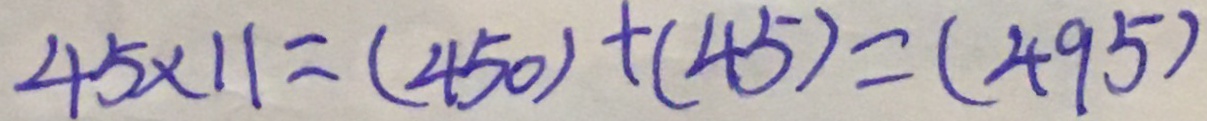
4 5 \times 1 1 = ( 4 5 0 ) + ( 4 5 ) = ( 4 9 5 )